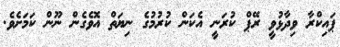
ޕައިކްރާ ވިދާޅުވީ ރޭޕް ކުރަނީ އެކަން ކުރުމުގެ ނިޔަތް އޮވެގެން ނޫން ކަމަށެވެ.